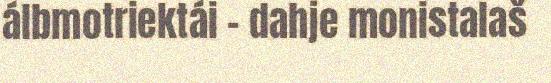
álbmotriektái - dahje monistalaš